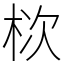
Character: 栨